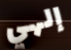
إلهي